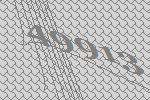
49913